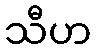
သီဟ